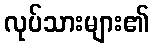
လုပ်သားများ၏